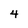
Character: 4